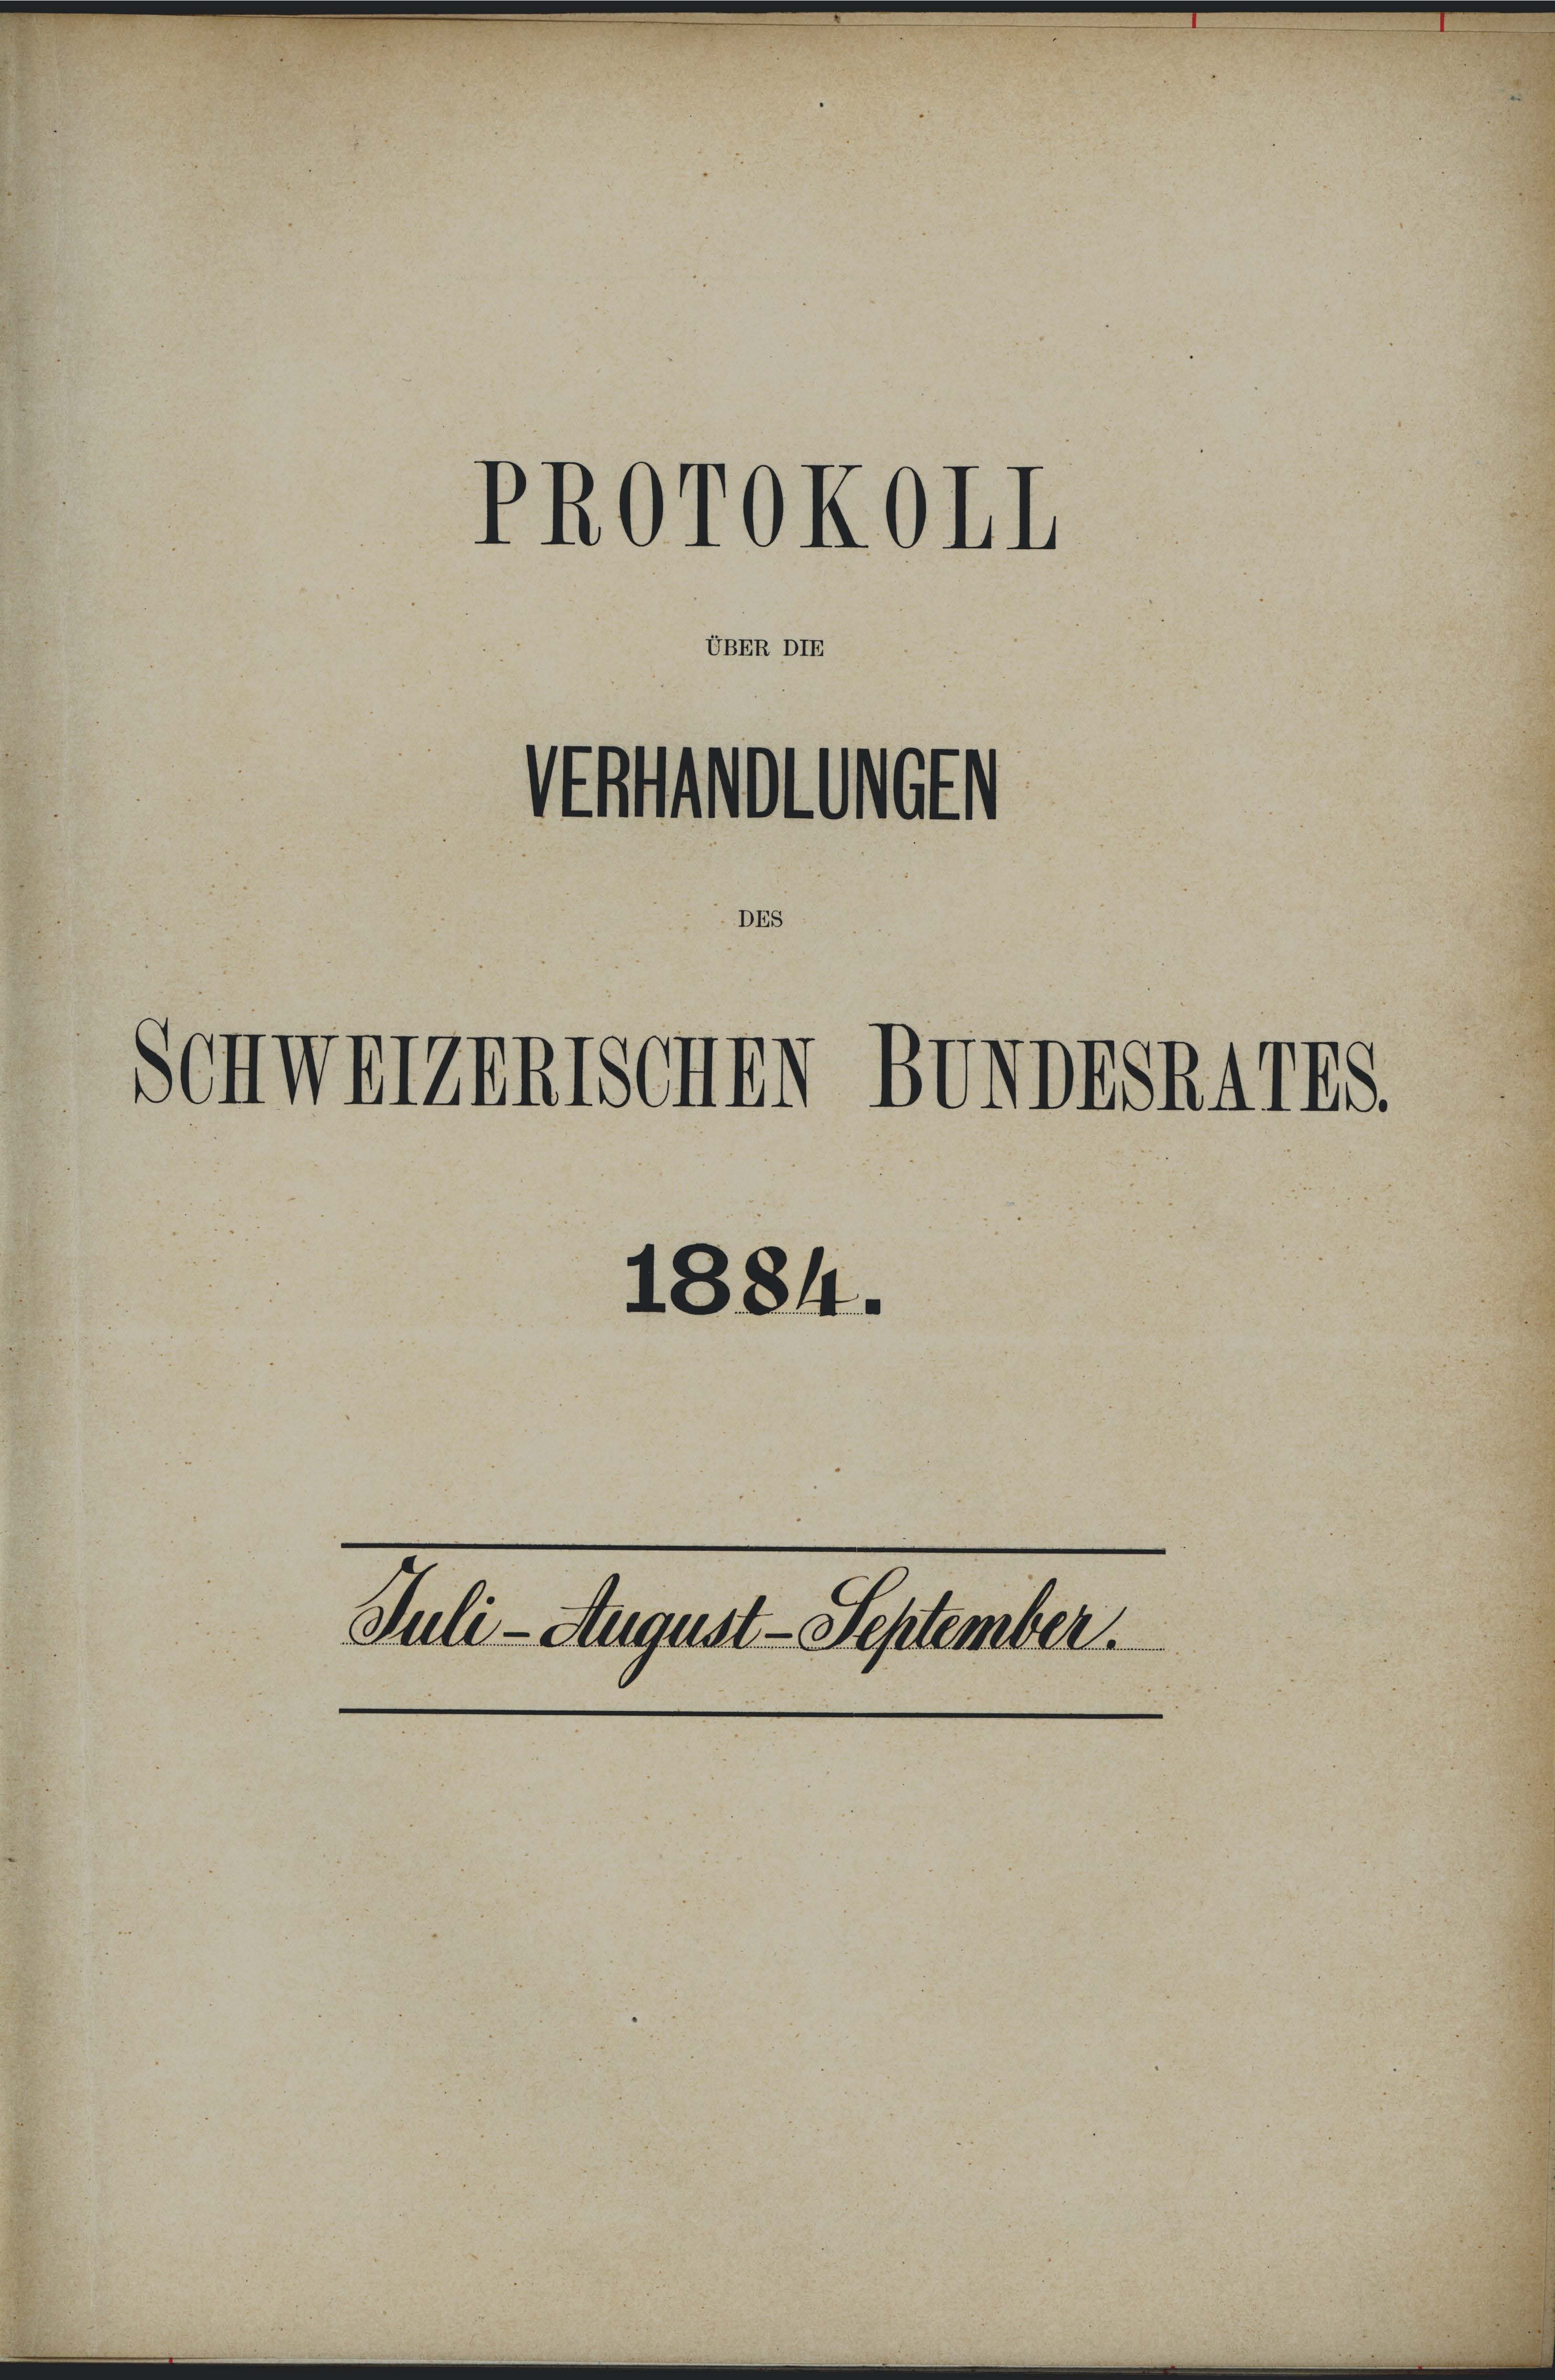
No

UBER DIE

Schweizerischen

PROTOKOII

1884.

D

.

Juli - August - September.

BUNDESRATES

¬